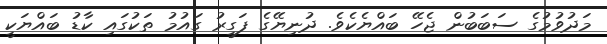
މަދުވުމުގެ ސަބަބުން ޖެހޭ ބައްޔެކެވެ. ދުނިޔޭގެ ފަގީރު ގައުމު ތަކުގައި ކާޑު ބައްޔަކީ